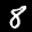
Label: 8